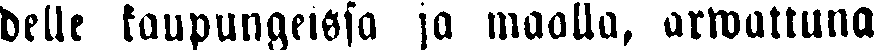
delle kaupungeissa ja maalla, arwattuna